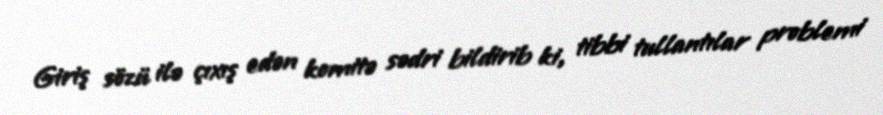
Giriş sözü ilə çıxış edən komitə sədri bildirib ki, tibbi tullantılar problemi